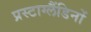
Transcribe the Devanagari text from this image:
प्रस्टाग्लैंडिनों